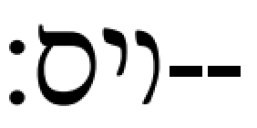
יום׃--